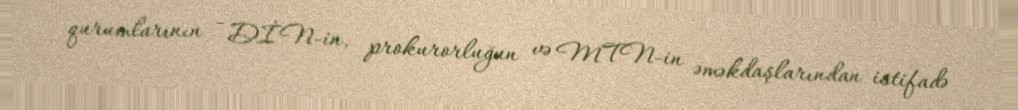
qurumlarının - DİN-in, prokurorluğun və MTN-in əməkdaşlarından istifadə